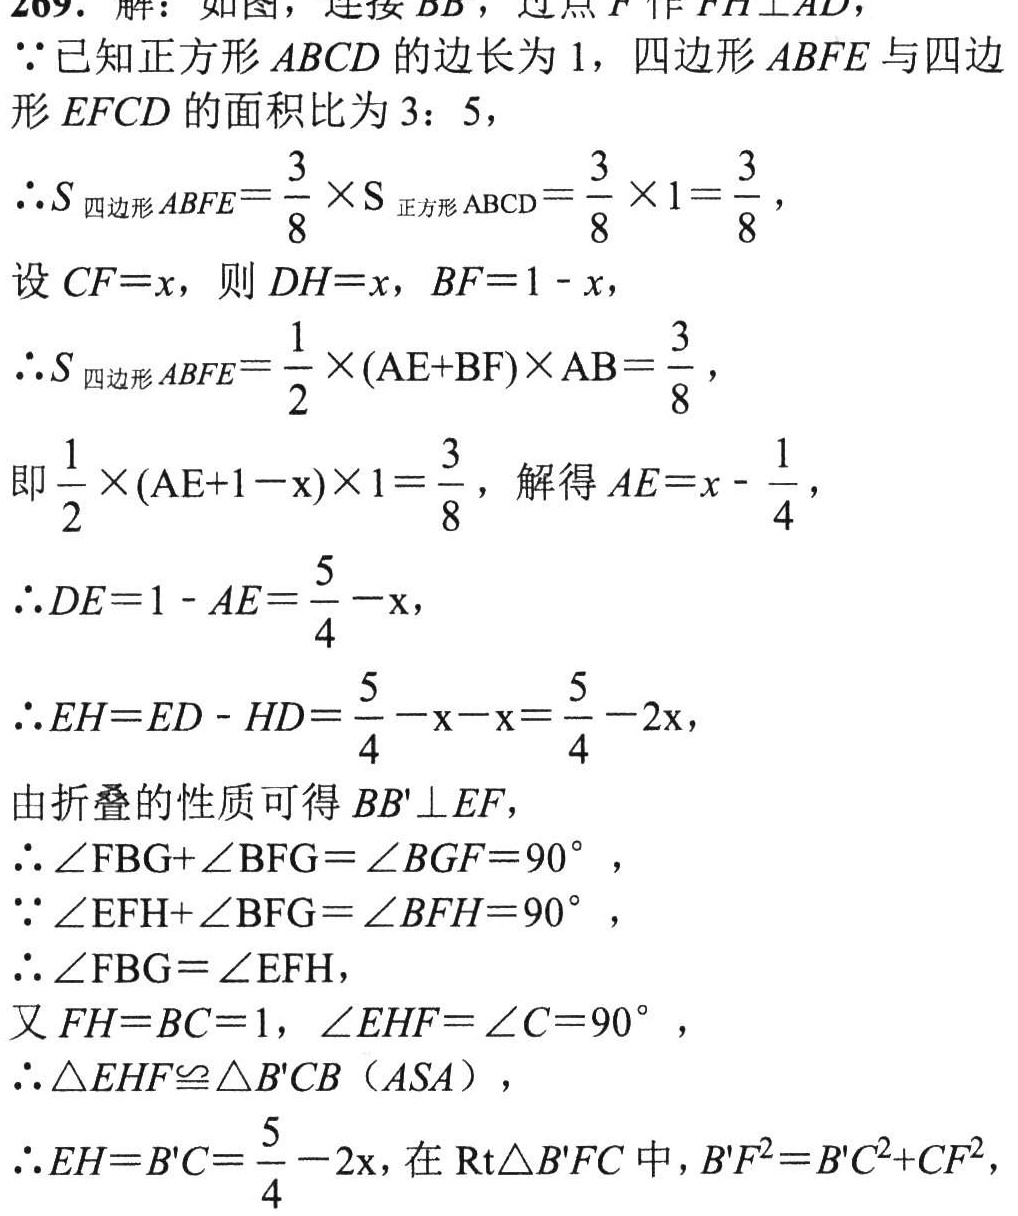
209. 解：如图，连接\(BB'\)，过点\(F\)作\(FH\perp AD\)，
\(\because\)已知正方形\(ABCD\)的边长为\(1\)，四边形\(ABFE\)与四边形\(EFCD\)的面积比为\(3:5\)，
\(\therefore S_{四边形ABFE}=\frac{3}{8}\times S_{正方形ABCD}=\frac{3}{8}\times1 = \frac{3}{8}\)，
设\(CF = x\)，则\(DH = x\)，\(BF = 1 - x\)，
\(\therefore S_{四边形ABFE}=\frac{1}{2}\times(AE + BF)\times AB=\frac{3}{8}\)，
即\(\frac{1}{2}\times(AE + 1 - x)\times1=\frac{3}{8}\)，解得\(AE=x-\frac{1}{4}\)，
\(\therefore DE = 1 - AE=\frac{5}{4}-x\)，
\(\therefore EH=ED - HD=\frac{5}{4}-x - x=\frac{5}{4}-2x\)，
由折叠的性质可得\(BB'\perp EF\)，
\(\therefore\angle FBG+\angle BFG=\angle BGF = 90^{\circ}\)，
\(\because\angle EFH+\angle BFG=\angle BFH = 90^{\circ}\)，
\(\therefore\angle FBG=\angle EFH\)，
又\(FH = BC = 1\)，\(\angle EHF=\angle C = 90^{\circ}\)，
\(\therefore\triangle EHF\cong\triangle B'CB\)（\(ASA\)），
\(\therefore EH = B'C=\frac{5}{4}-2x\)，在\(Rt\triangle B'FC\)中，\(B'F^{2}=B'C^{2}+CF^{2}\)，